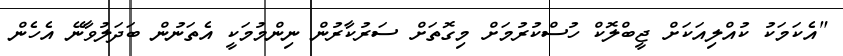
"އެކަމަކު ކުއްލިއަކަށް ޖީބްލޮކް ހުސްކުރުމަށް މިގޮތަށް ސަރުކާރުން ނިންމުމަކީ އެތަނުން ބަދަލުވާނޭ އެހެން